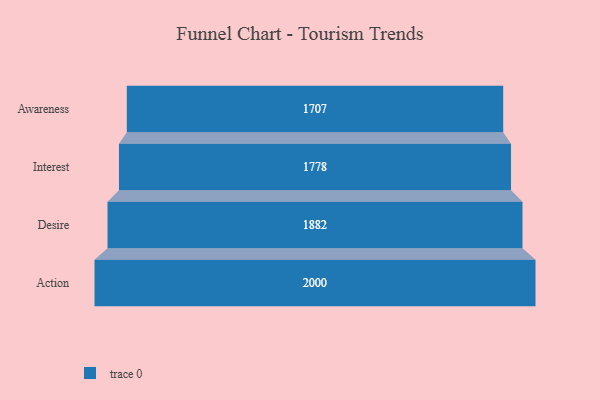
{"axis": {"x": "Stage", "y": "Value"}, "legend": [""], "data": [{"x": "Awareness", "y": 1707.0, "type": ""}, {"x": "Interest", "y": 1778.0, "type": ""}, {"x": "Desire", "y": 1882.0, "type": ""}, {"x": "Action", "y": 2000, "type": ""}]}